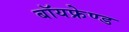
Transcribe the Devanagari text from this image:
बॉयफ्रेण्ड